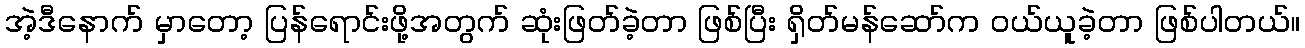
အဲ့ဒီနောက် မှာတော့ ပြန်ရောင်းဖို့အတွက် ဆုံးဖြတ်ခဲ့တာ ဖြစ်ပြီး ရှိတ်မန်ဆော်က ဝယ်ယူခဲ့တာ ဖြစ်ပါတယ်။